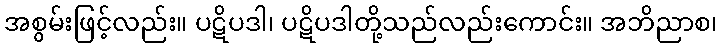
အစွမ်းဖြင့်လည်း။ ပဋိပဒါ၊ ပဋိပဒါတို့သည်လည်းကောင်း။ အဘိညာစ၊